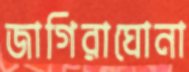
জাগিরাঘোনা